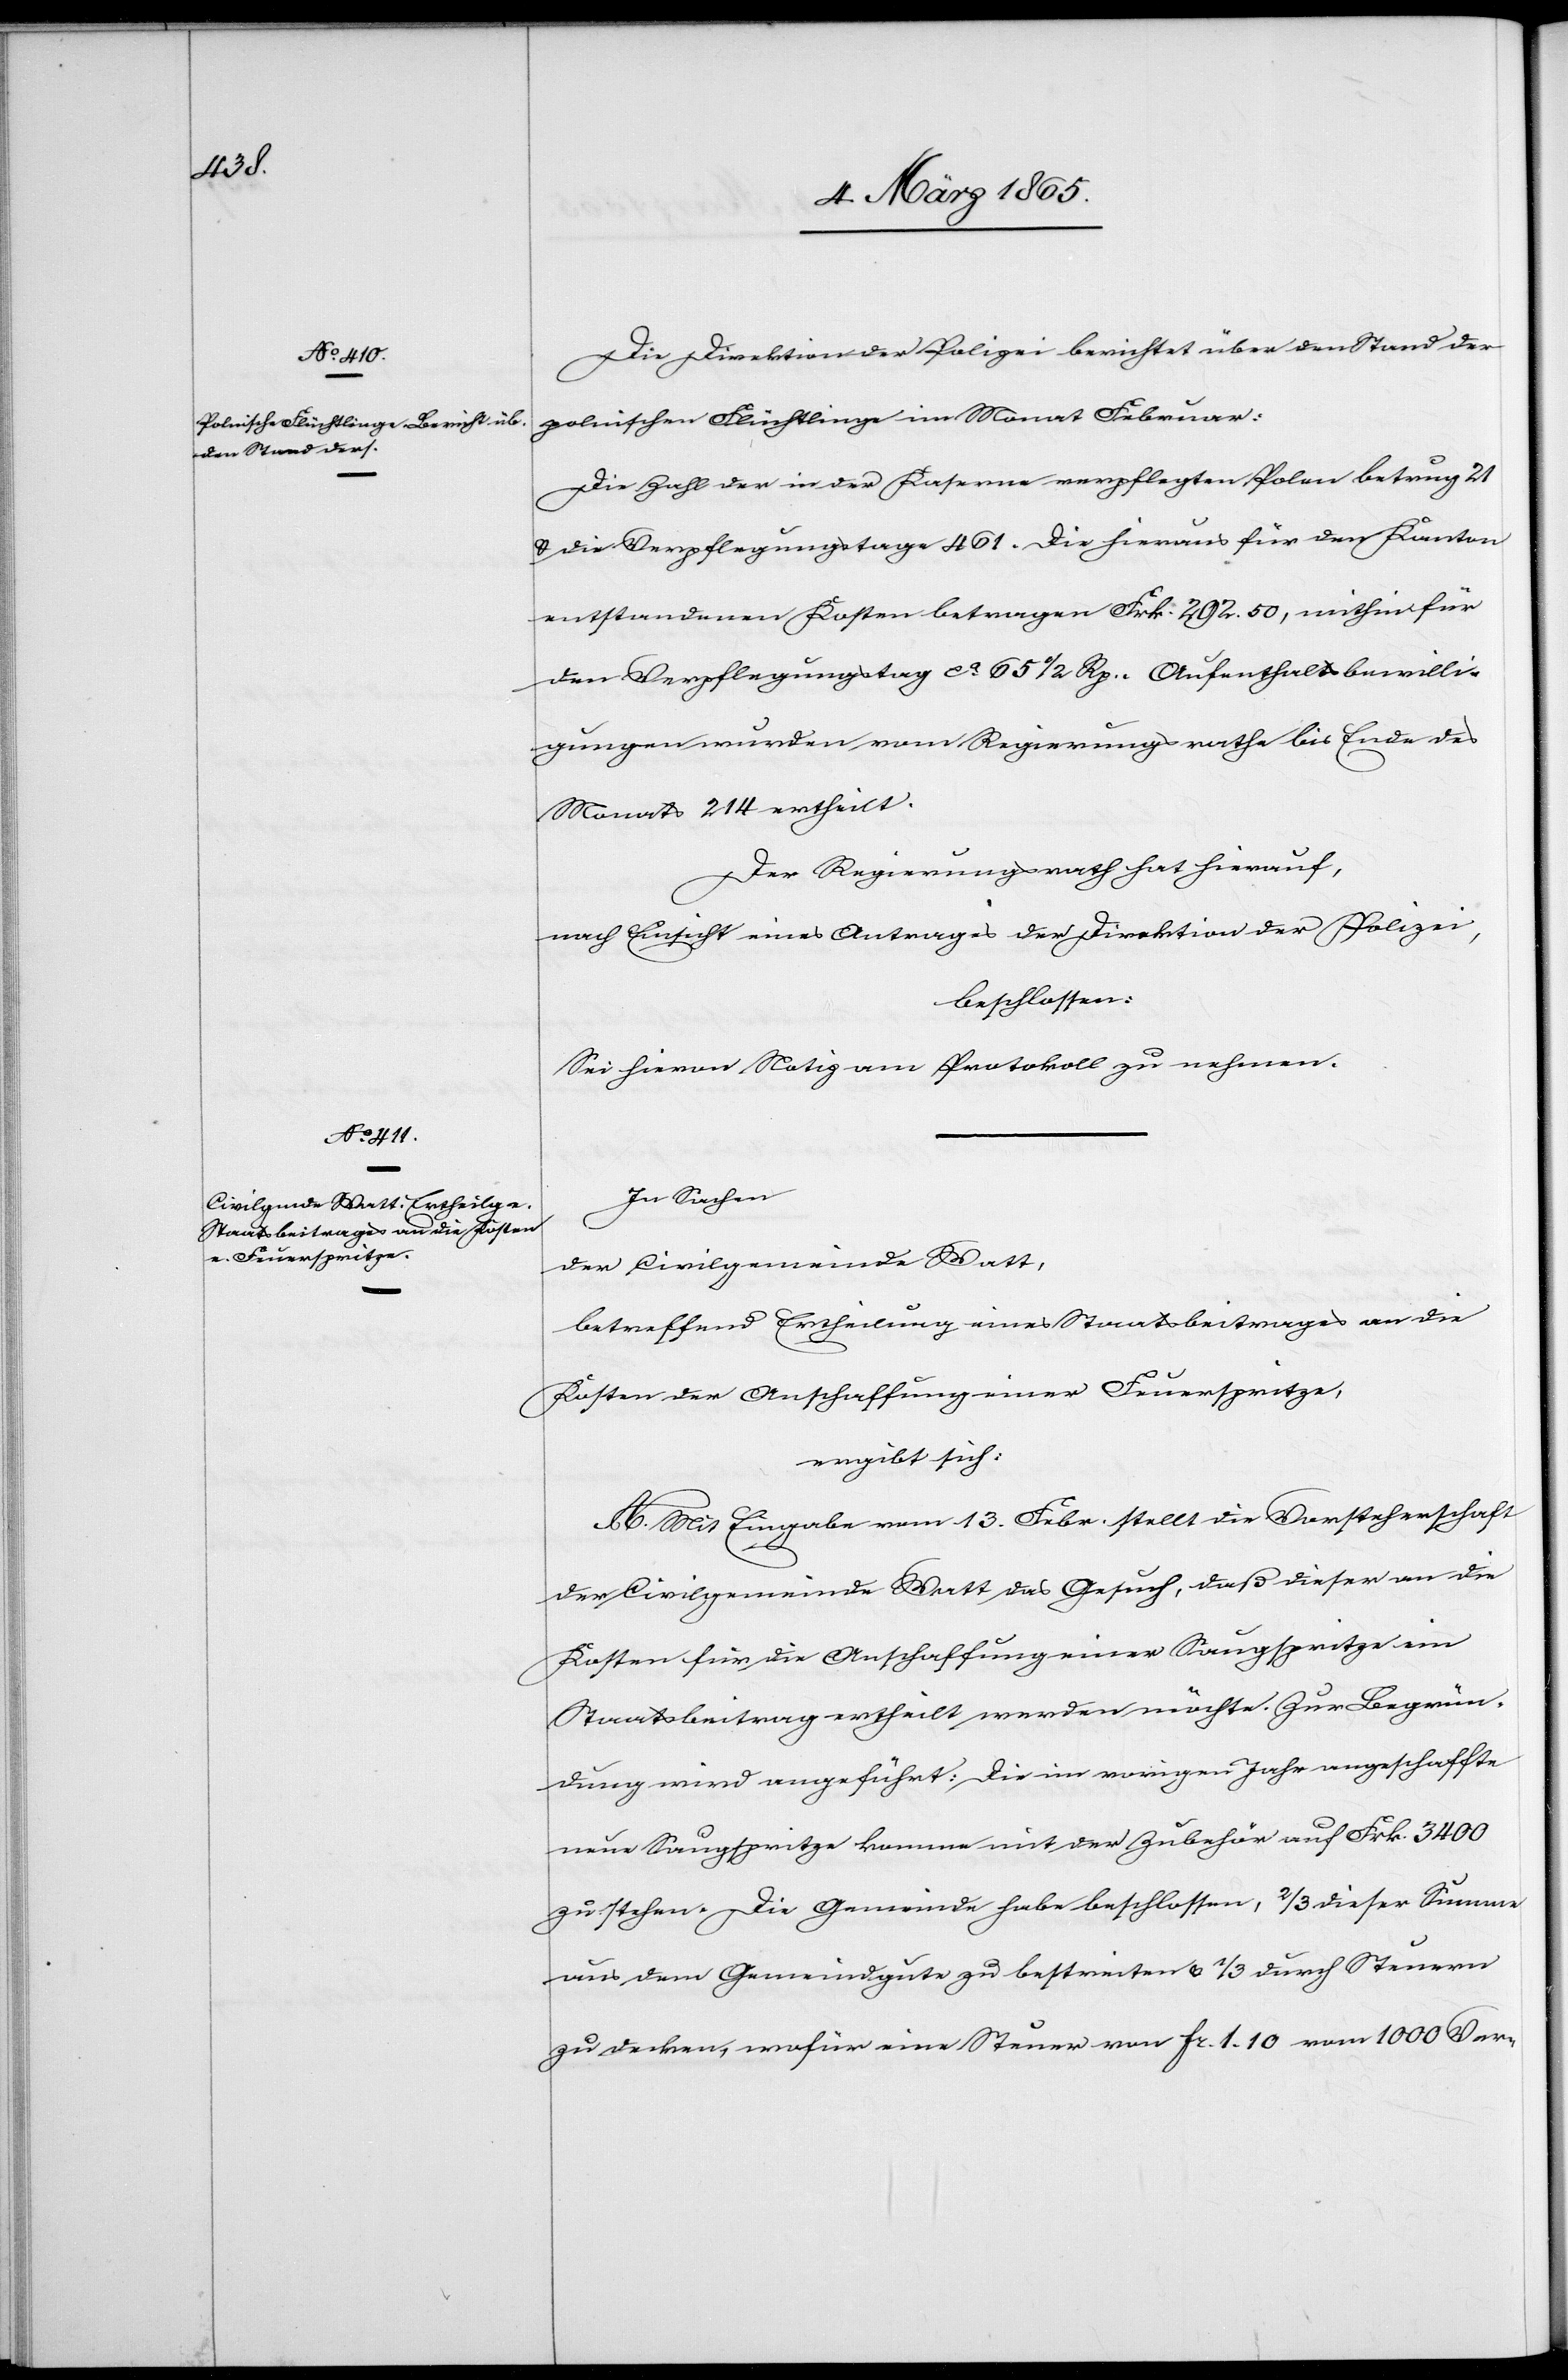
Die Direktion der Polizei berichtet über den Stand der
polnischen Flüchtlinge im Monat Februar:
Die Zahl der in der Kaserne verpflegten Polen betrug
u. die Verpflegungstage 461. Die hieraus für den Kanton
entstandenen Kosten betragen Frk. 292. 50, mithin für
den Verpflegungstag ca 65 ½ Rp. Aufenthaltsbewilli¬
gungen wurden vom Regierungsrath bis Ende des
Monats 214 ertheilt.
Der Regierungsrath hat hierauf,
nach Einsicht eines Antrages der Direktion der Polizei,
beschlossen:
Sei hievon Notiz am Protokoll zu nehmen.
In Sachen
der Civilgemeinde Watt,
betreffend Ertheilung eines Staatsbeitrages an die
Kosten der Anschaffung einer Feuerspritze,
ergibt sich:
A. Mit Eingabe vom 13. Febr. stellt die Vorsteherschaft
der Civilgemeinde Watt das Gesuch, daß dieser an die
Kosten für die Anschaffung einer Saugspritze ein
Staatsbeitrag ertheilt werden möchte. Zur Begrün¬
dung wird angeführt: Die im vorigen Jahr angeschaffte
neue Saugspritze komme mit der Zubehör auf Frk. 3400
zu stehen. Die Gemeinde habe beschlossen, 2/3 dieser Summe
aus dem Gemeindgute zu bestreiten u. 1/3 durch Steuern
zu decken, wofür eine Steuer von fr. 1. 10 vom 1000 Ver-